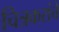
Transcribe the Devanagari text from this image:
चित्रकरांचे